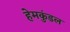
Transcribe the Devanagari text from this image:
हेमकुंडल